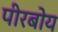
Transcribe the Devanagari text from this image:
पीरबोय